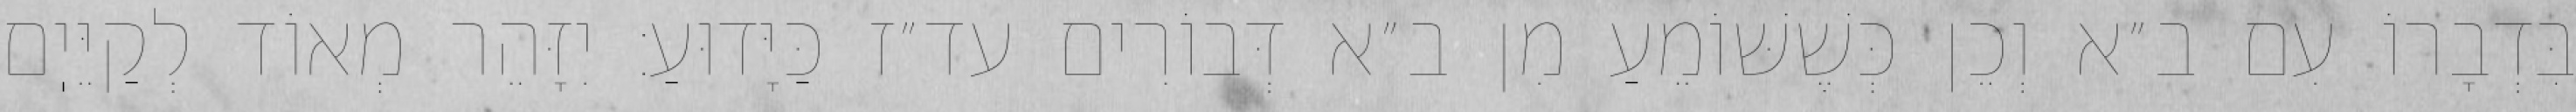
בִּדְבָרוֹ עִם ב״א וְכֵן כְּשֶׁשּׁוֹמֵעַ מִן ב״א דְּבוֹרִים עד״ז כַּיָּדוּעַ: יִזָּהֵר מְאוֹד לְקַיֵּיֽם